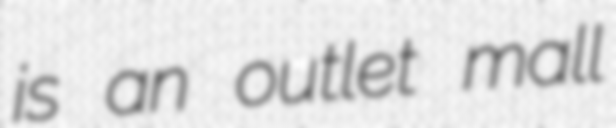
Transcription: is an outlet mall